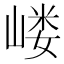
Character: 嵝